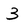
Character: 3